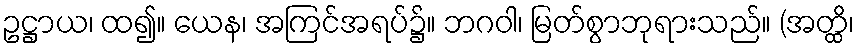
ဥဋ္ဌာယ၊ ထ၍။ ယေန၊ အကြင်အရပ်၌။ ဘဂဝါ၊ မြတ်စွာဘုရားသည်။ (အတ္ထိ၊